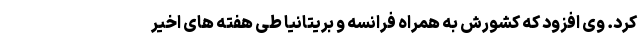
کرد. وی افزود که کشورش به همراه فرانسه و بریتانیا طی هفته های اخیر